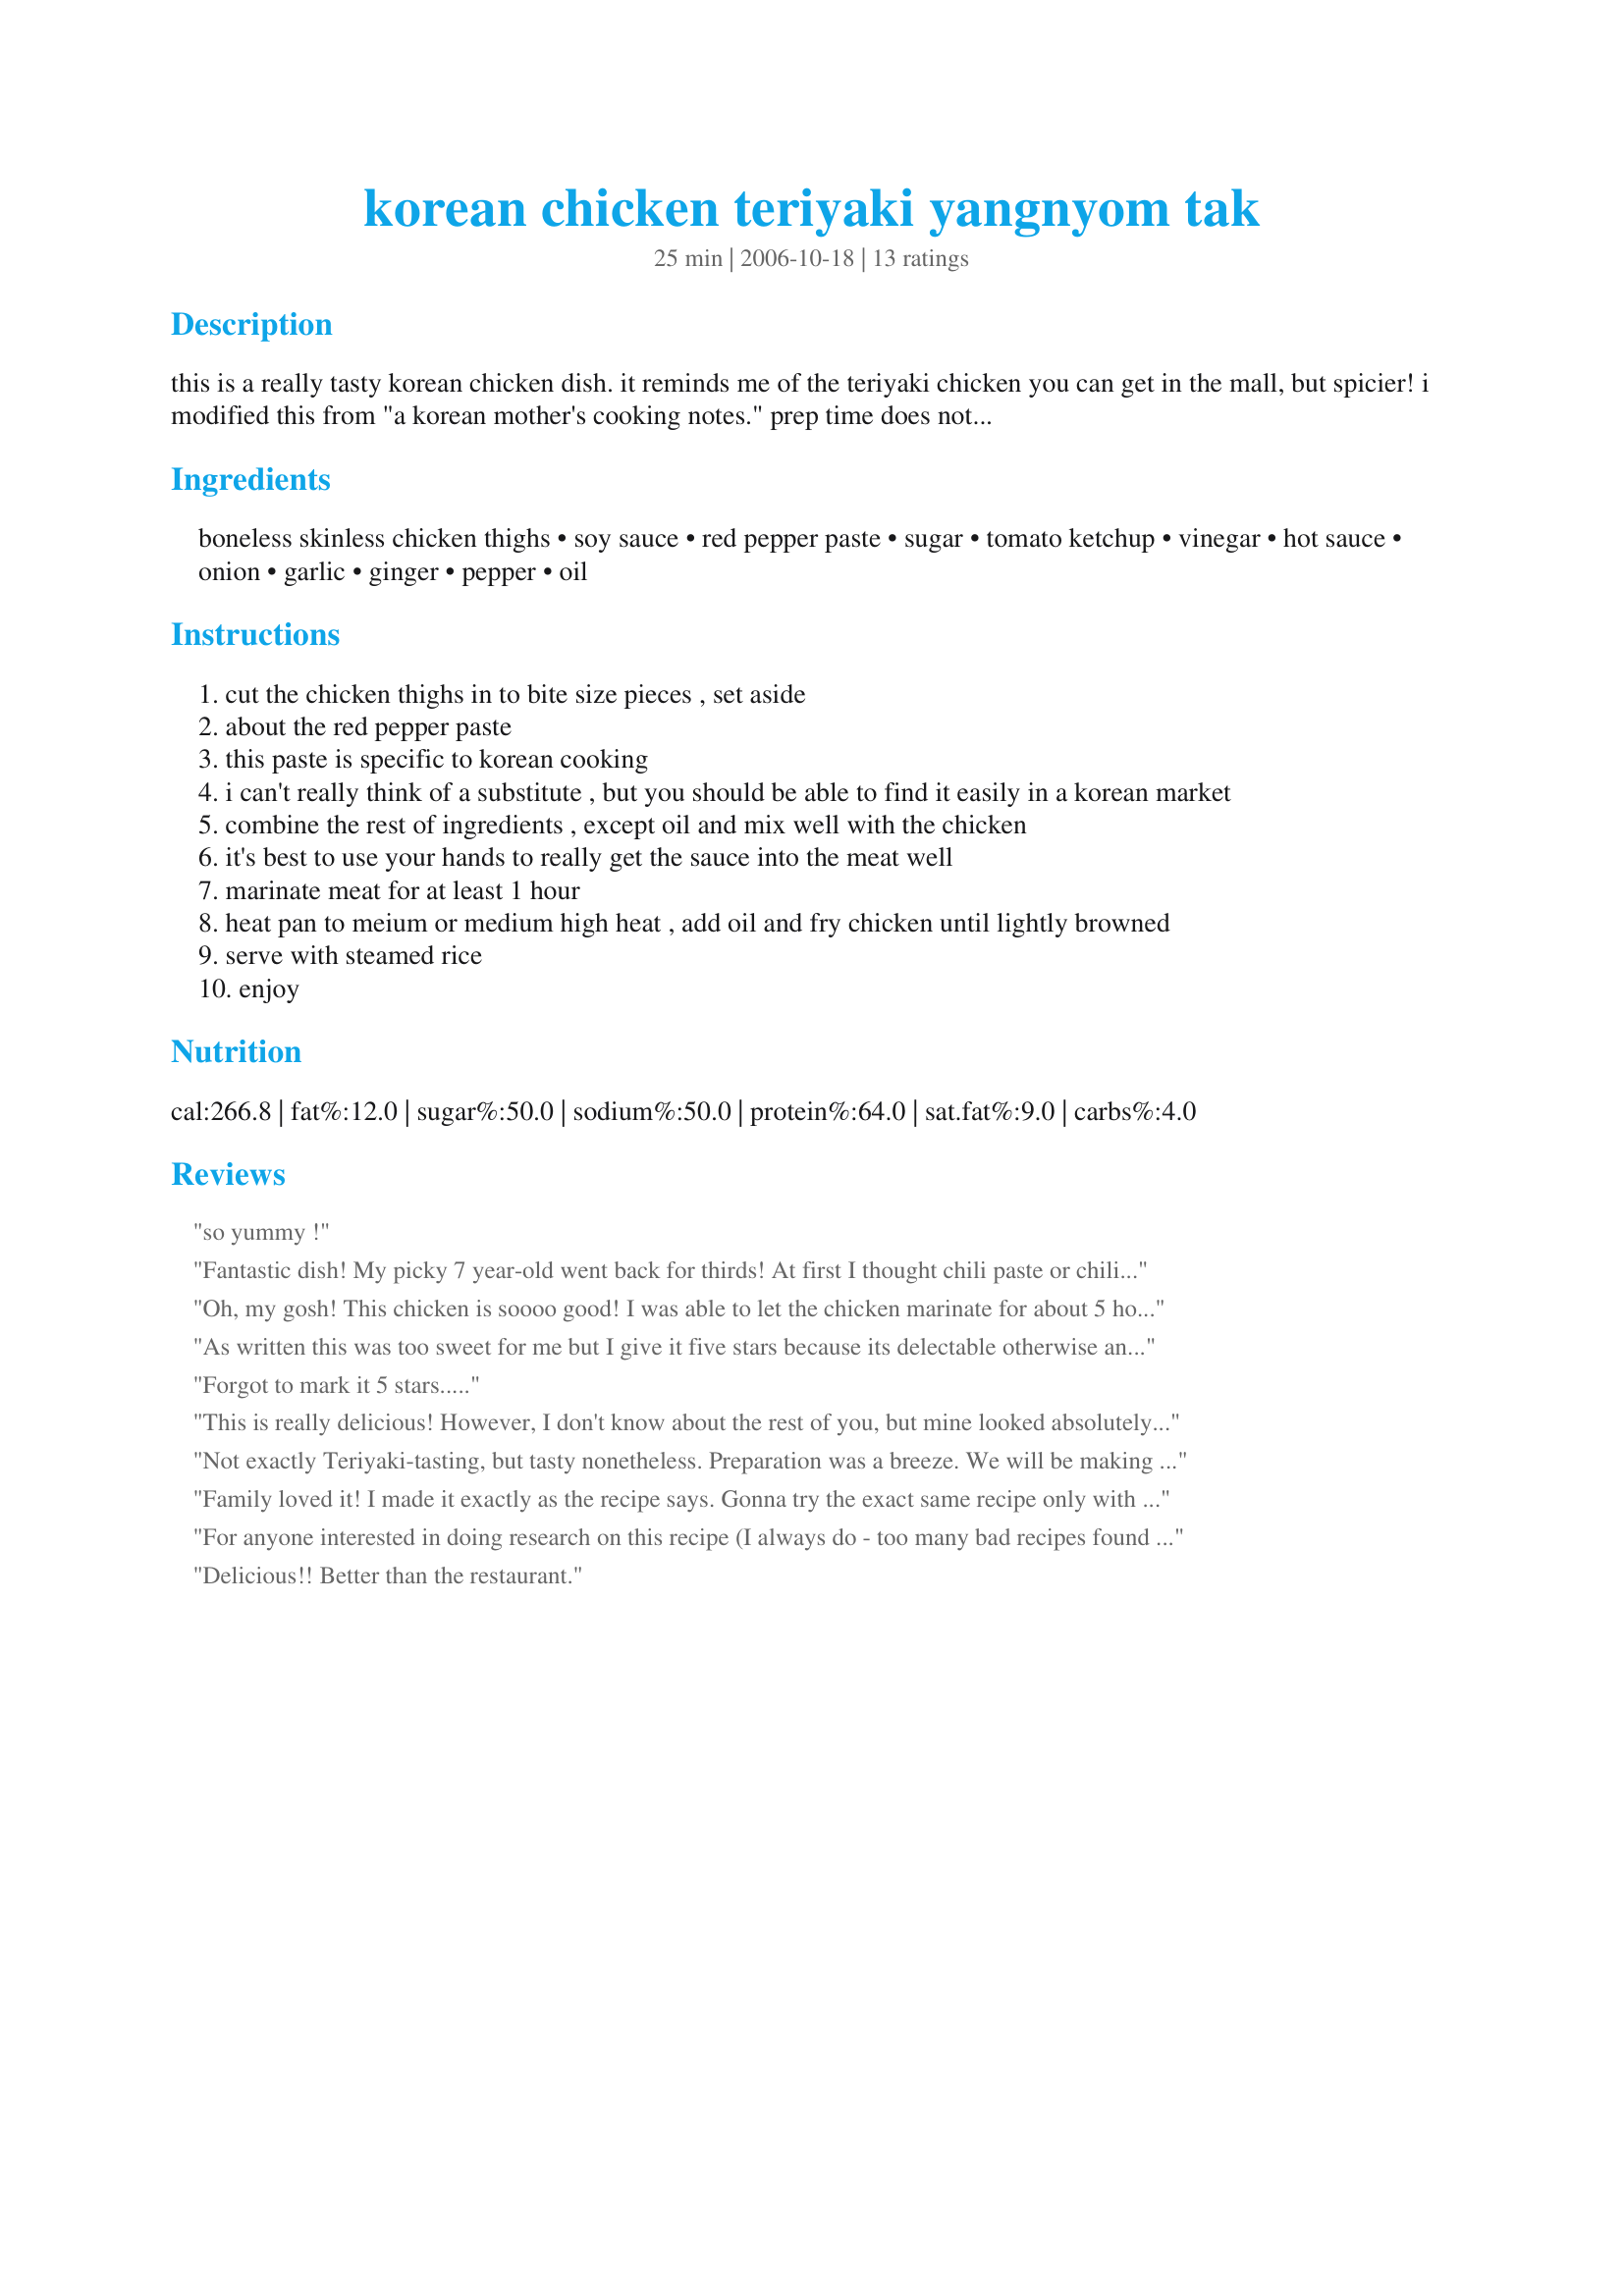
korean chicken teriyaki yangnyom tak
Preparation time: 25 minutes

this is a really tasty korean chicken dish. it reminds me of the teriyaki chicken you can get in the mall, but spicier! i modified this from "a korean mother's cooking notes."
prep time does not include marinating time.

Ingredients:
boneless skinless chicken thighs, soy sauce, red pepper paste, sugar, tomato ketchup, vinegar, hot sauce, onion, garlic, ginger, pepper, oil

Steps:
cut the chicken thighs in to bite size pieces , set aside
about the red pepper paste
this paste is specific to korean cooking
i can't really think of a substitute , but you should be able to find it easily in a korean market
combine the rest of ingredients , except oil and mix well with the chicken
it's best to use your hands to really get the sauce into the meat well
marinate meat for at least 1 hour
heat pan to meium or medium high heat , add oil and fry chicken until lightly browned
serve with steamed rice
enjoy

Reviews:
so yummy !
Fantastic dish! My picky 7 year-old went back for thirds! At first I thought chili paste or chili garlic paste would be a good sub for kochujang but they're totally different. I found kochujang at the Asian market in a little red tub, Wang brand, that says hot pepper paste, fermented. If it says "kochujang" on the box, then it's in Korean! Made as directed, marinated for a couple of hours, and threw the chicken and all marinade in a hot skillet. Let cook until chicken was done and liquid was evaporated. Chicken was very tender and absolutely delicious! Thanks for sharing the recipe! Can't wait to try your pork recipe next!
Oh, my gosh! This chicken is soooo good! I was able to let the chicken marinate for about 5 hours before cooking. It was a little sweet, tangy and spicy, too. It was super easy to make, too. I garnished with some chopped cilantro. Thanx for posting this recipe!
As written this was too sweet for me but I give it five stars because its delectable otherwise and its easy to take out sugar. Great job.
Forgot to mark it 5 stars.....
This is really delicious! However, I don't know about the rest of you, but mine looked absolutely nothing like the picture. It turned out a lot more brown-colored. And it really wasn't spicy at all..I think next time I'll replace the ketchup with more gochujang. Either way, it was a big hit at a potluck I went to, and I'll most likely make it again with a few alterations.
Not exactly Teriyaki-tasting, but tasty nonetheless. Preparation was a breeze. We will be making this often. Thank you for posting.
Family loved it! I made it exactly as the recipe says. Gonna try the exact same recipe only with pork to see how it comes out.
For anyone interested in doing research on this recipe (I always do - too many bad recipes found online), the correct spelling of this dish is, &quot;Yangnyum Dak&quot;, the correct spelling of the Korean red pepper paste is, &quot;gochujang&quot;. Gochujang is a pretty enterprising adventure in cooking and is much easier bought in the markets as suggested because it is a fermented product. Hope this helps any of you researching your recipes.
Delicious!! Better than the restaurant.
Just delicious! I cut back on the sugar and I&#039;m glad I did. It was on the border of being too sweet for my taste. DH really liked it and wants to try this marinade with beef next time. I think this would be wonderful over pasta too. Thanks!
Wow! Great tasting Chicken! Living in small town Saskatchewan made finding the kochu jang an adventure in itself but so worth the challenge. This was a real hit at supper last night and already have requests that I double it next time around and that it be soon! Other then using chicken breasts which is basically what I usually use for chicken recipes, I made as posted and there were no leftovers. Thank you for all the help in locating the ingredients for your recipes! Like Mom4Life I hope you have more recipes to share! Thank you Grace.
OMG! I can't believe you have this book! I think it the BEST Korean cookbook. My mom got it for me while she was in Korea. I LOVE it and wish the author had more publications in english (my korean is very limited). I have made this chicken dish countless times and it is so so good. When I'm making it for my boys, I omit the red pepper paste and increase the soy sauce by 1 T. I hope others try it. I've checked out your other recipes and I hope you have more to share!
